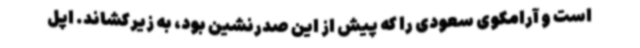
است و آرامکوی سعودی را که پیش از این صدرنشین بود، به زیرکشاند. اپل